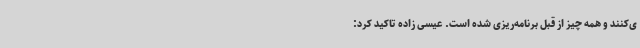
ی‌کنند و همه چیز از قبل برنامه‌ریزی شده است. عیسی زاده تاکید کرد: